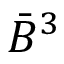
{ \bar { B } } ^ { 3 }